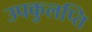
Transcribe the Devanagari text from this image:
उपकुलप्ति